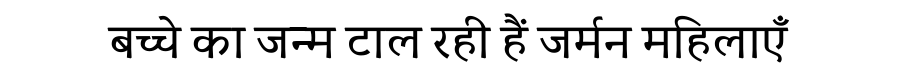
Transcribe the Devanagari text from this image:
बच्चे का जन्म टाल रही हैं जर्मन महिलाएँ